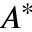
A ^ { * }